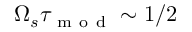
\Omega _ { s } \tau _ { \mathrm { ~ m ~ o ~ d ~ } } \sim 1 / 2